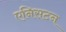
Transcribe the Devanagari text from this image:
एनिसटन